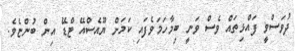
ދުވަސްވީ ފައްޅިތައް ވެސް ވަނީ ބިމާހަމަވެފައި ކަމަށް ޔޫއެސްއޭ ޓްޑޭ އިން ބުންޏެވެ.